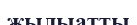
жылыатты